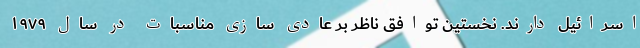
اسرائیل دارند. نخستین توافق ناظر بر عادی سازی مناسبات در سال ۱۹۷۹